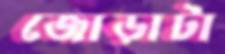
জোড়াটা